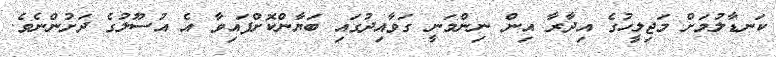
ކަނޑާލުމަށް މަޖިލީހުގެ އިދާރާ އިން ނިންމަނީ ގަވާއިދުގައި ބަޔާންކޮށްފައިވާ އެ އުސޫލުގެ ދަށުންނެވެ.